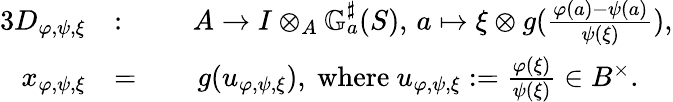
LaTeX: \begin{array}{rlrl}{{3}D_{\varphi,\psi,\xi}}&{\colon}&&{A\to I\otimes_{A}\mathbb{G}_{a}^{\sharp}(S),\, a\mapsto\xi\otimes g(\frac{\varphi(a)-\psi(a)}{\psi(\xi)}),}\\ {x_{\varphi,\psi,\xi}}&{=}&&{\, g(u_{\varphi,\psi,\xi}),\mathrm{~where~}u_{\varphi,\psi,\xi}:=\frac{\varphi(\xi)}{\psi(\xi)}\in B^{\times}.}\end{array}